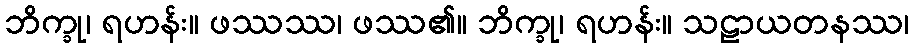
ဘိက္ခု၊ ရဟန်း။ ဖဿဿ၊ ဖဿ၏။ ဘိက္ခု၊ ရဟန်း။ သဠာယတနဿ၊